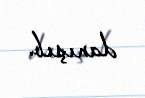
danışıb.